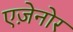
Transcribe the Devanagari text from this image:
एज़ेनोर